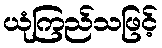
ယုံကြည်သဖြင့်